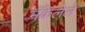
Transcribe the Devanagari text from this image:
मॅकेलेले